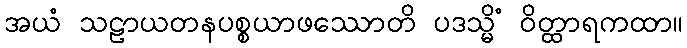
အယံ သဠာယတနပစ္စယာဖဿောတိ ပဒသ္မိံ ဝိတ္ထာရကထာ။